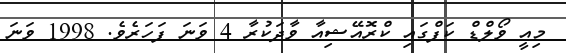
މިއީ ވޯލްޑް ކަޕްގައި ކްރޮއޭޝިއާ ވާދަކުރާ 4 ވަނަ ފަހަރެވެ. 1998 ވަނަ